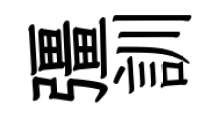
彊訓